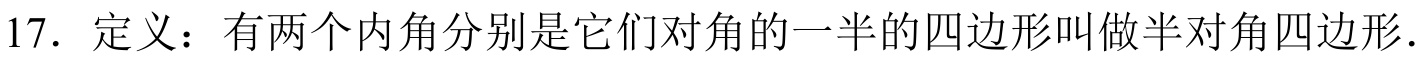
17. 定义：有两个内角分别是它们对角的一半的四边形叫做半对角四边形.